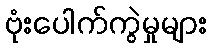
ဗုံးပေါက်ကွဲမှုများ